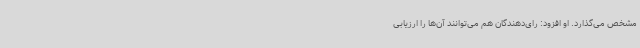
مشخص می‌گذارد. او افزود: رای‌دهندگان هم می‌توانند آن‌ها را ارزیابی